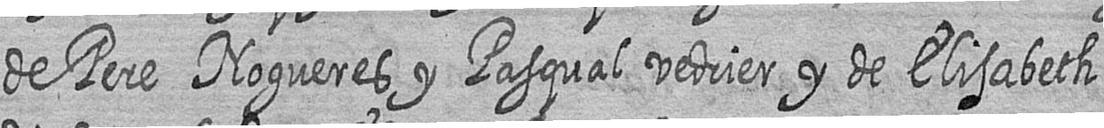
de Pere Nogueres y Pasqual vedrier y de Elisabeth